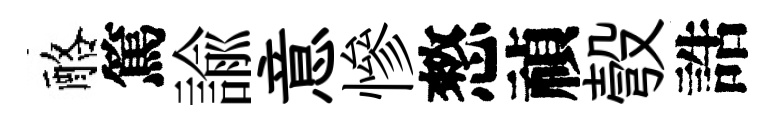
酪篤諭意慘憗禎彀誥